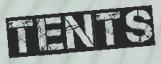
TENTS